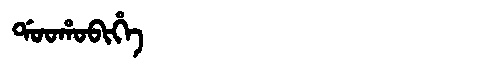
Manchu: ᡩᠣᠣᡥᠣᠪᡳᡥᡝ
Romanization: DOOHOBIHE